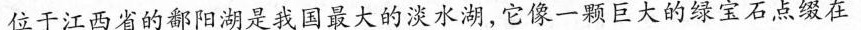
位于江西省的鄱阳湖是我国最大的淡水湖，它像一颗巨大的绿宝石点缀在